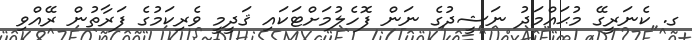
ގ. ކެނަރީގޭ މުޙައްމަދު ނަޝީދުގެ ނަން ފޮހެލުމަށްޓަކައި ޤަދީމީ ވެރިކަމުގެ ފަރާތުން ރޭއްވި